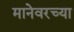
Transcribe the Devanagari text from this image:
मानेवरच्या